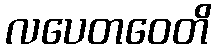
လပေတဝေတိ